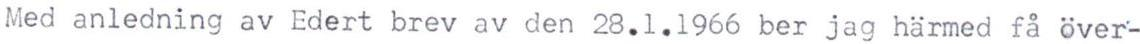
Med anledning av Edert brev av den 28.1.1966 ber jag härmed få över-